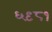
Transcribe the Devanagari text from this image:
६९८१